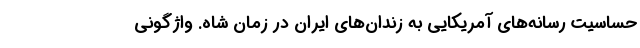
حساسیت رسانه‌های آمریکایی به زندان‌های ایران در زمان شاه. واژگونی